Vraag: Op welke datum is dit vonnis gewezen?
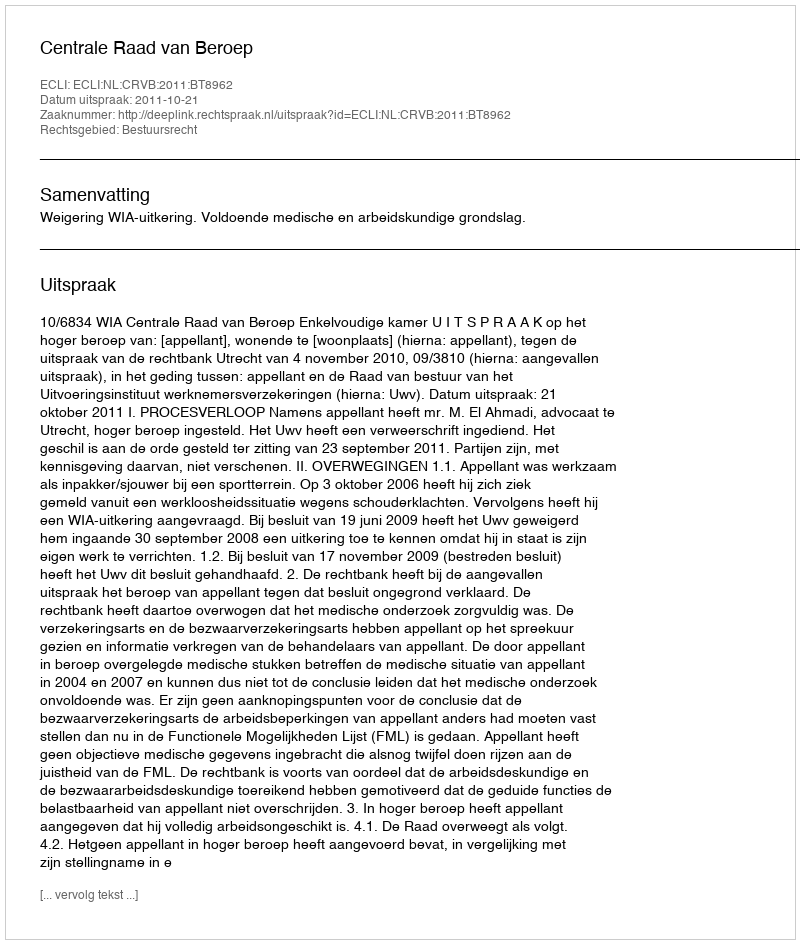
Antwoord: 2011-10-21